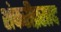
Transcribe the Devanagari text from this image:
शंकरीप्रसाद